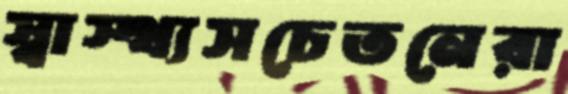
স্বাস্থ্যসচেতনেরা